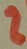
Text: 2